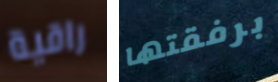
راقية برفقتها